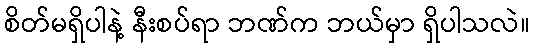
စိတ်မရှိပါနဲ့ နီးစပ်ရာ ဘဏ်က ဘယ်မှာ ရှိပါသလဲ။